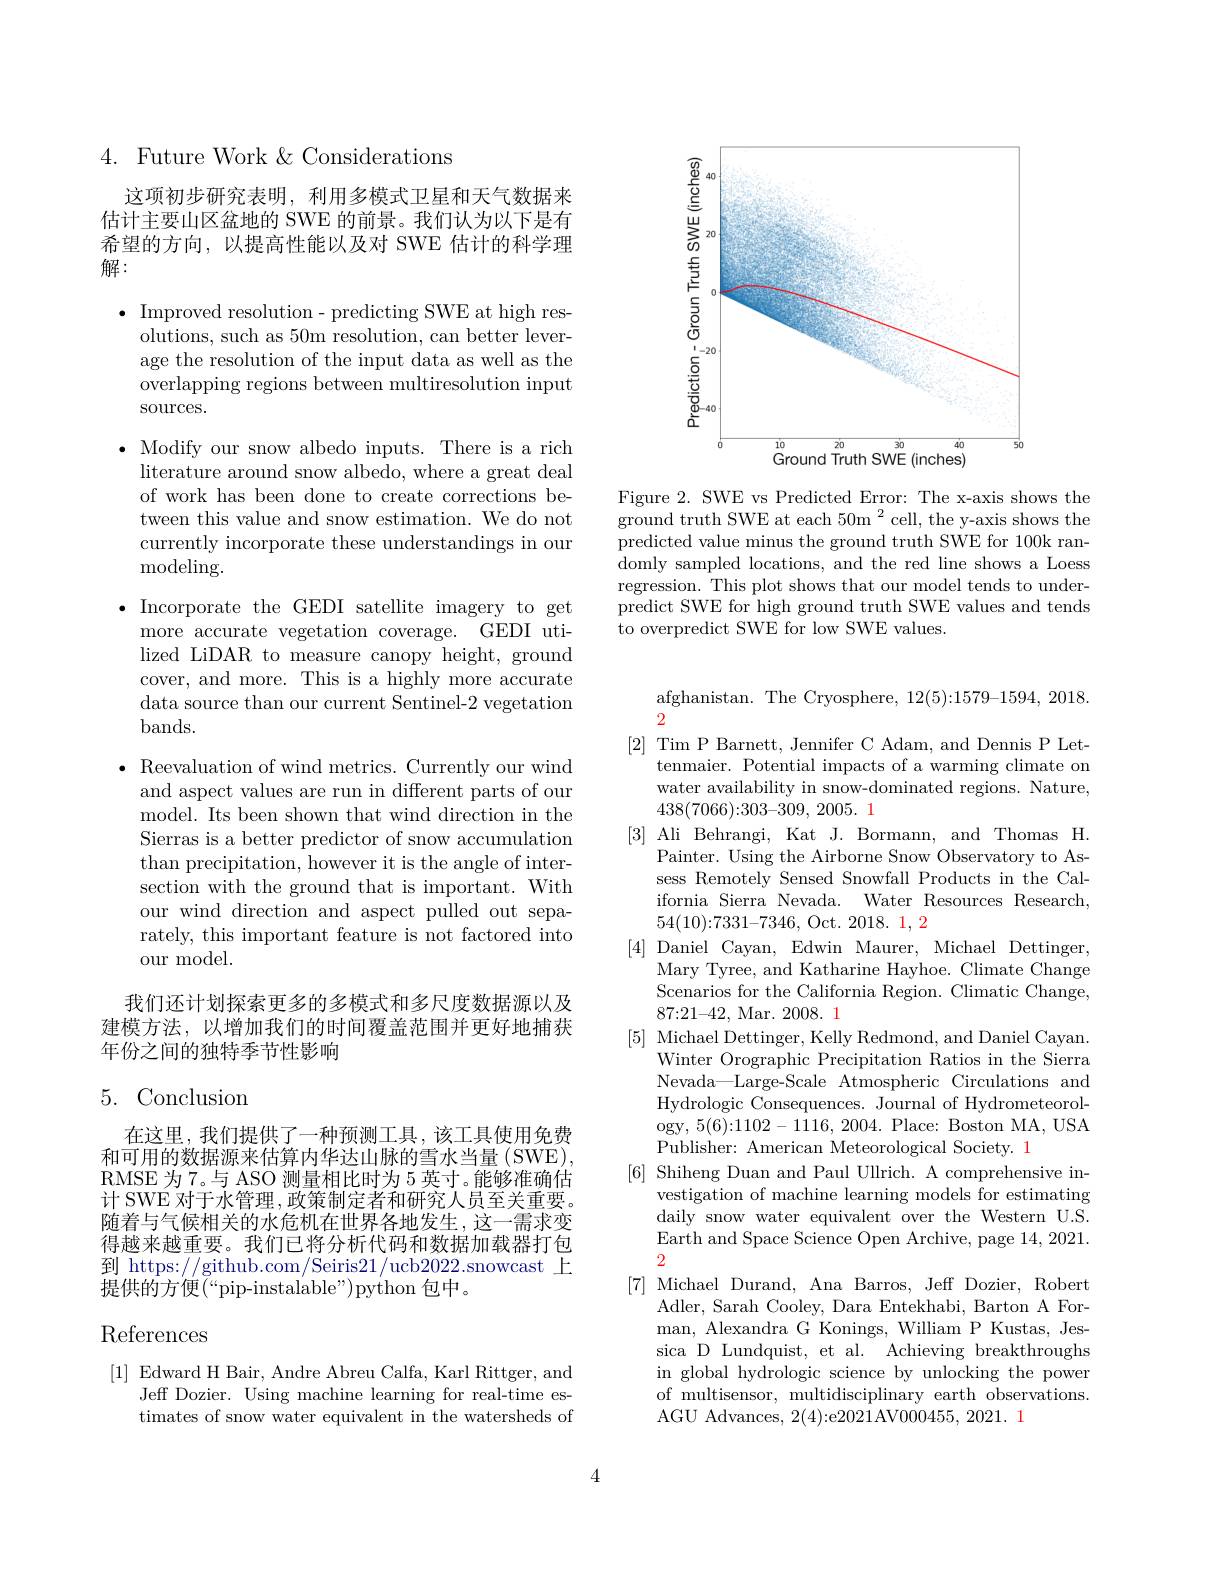
<FigureHere>

Figure 2. SWE vs Predicted Error: The x-axis shows the ground truth SWE at each 50m $^{2}$cell, the y-axis shows the predicted value minus the ground truth SWE for 100k randomly sampled locations, and the red line shows a Loess regression. This plot shows that our model tends to underpredict SWE for high ground truth SWE values and tends to overpredict SWE for low SWE values.

## $4.{\mathrm{~Future~Work~\&~Considerations}}$

这项初步研究表明，利用多模式卫星和天气数据来估计主要山区盆地的 SWE 的前景。我们认为以下是有希望的方向，以提高性能以及对 SWE 估计的科学理解：

$\bullet$ Improved resolution- predicting SWE at high res-
olutions, such as 50m resolution, can better leverage the resolution of the input data as well as the overlapping regions between multiresolution input sources.

$\bullet$ Modify our snow albedo inputs. There is a rich literature around snow albedo, where a great deal of work has been done to create corrections between this value and snow estimation. We do not currently incorporate these understandings in our modeling.

$\bullet$ Incorporate the GEDI satellite imagery to get
more accurate vegetation coverage. GEDI utilized LiDAR to measure canopy height, ground cover, and more. This is a highly more accurate data source than our current Sentinel-2 vegetation bands.

$\cdot$ Reevaluation of wind metrics. Currently our wind and aspect values are run in different parts of our model. Its been shown that wind direction in the Sierras is a better predictor of snow accumulation than precipitation, however it is the angle of intersection with the ground that is important. With our wind direction and aspect pulled out separately, this important feature is not factored into our model.

我们还计划探索更多的多模式和多尺度数据源以及建模方法，以增加我们的时间覆盖范围并更好地捕获年份之间的独特季节性影响

# 5. Conclusion

在这里，我们提供了一种预测工具，该工具使用免费和可用的数据源来估算内华达山脉的雪水当量(SWE), RMSE 为 7。与 ASO 测量相比时为 5 英寸。能够准确估计 SWE 对于水管理 ,政策制定者和研究人员至关重要。随着与气候相关的水危机在世界各地发生，这一需求变得越来越重要。我们已将分析代码和数据加载器打包到 https://github.com/Seiris21/ucb2022.snowcast 上提供的方便(“pip-instalable”)python 包中。

# References

[1] Edward H Bair, Andre Abreu Calfa, Karl Rittger, and
Jeff Dozier. Using machine learning for real-time estimates of snow water equivalent in the watersheds of

afghanistan. The Cryosphere, 12(5):1579-1594, 2018.
2
[2] Tim P Barnett, Jennifer C Adam, and Dennis P Let-
tenmaier. Potential impacts of a warming climate on water availability in snow-dominated regions. Nature, $438(7066){:}303{-}309,2005.\color{#C00}{1}$
[3] Ali Behrangi, Kat J. Bormann, and Thomas H.
Painter. Using the Airborne Snow Observatory to Assess Remotely Sensed Snowfall Products in the California Sierra Nevada. Water Resources Research, 54(10){:}7331{-}7346, Oct. $2018.\begin{array}{c}1,&2\\\end{array}$
[4] Daniel Cayan, Edwin Maurer, Michael Dettinger,
Mary Tyree, and Katharine Hayhoe. Climate Change Scenarios for the California Region. Climatic Change, 87{:}21{-}42, Mar. 2008. 1
[5] Michael Dettinger, Kelly Redmond, and Daniel Cayan.
Winter Orographic Precipitation Ratios in the Sierra Nevada—Large-Scale Atmospheric Circulations and $\bar{\text{Hydrologic Consequences. Journal of Hydrometeorol-}}$ ogy, 5(6){:}1102-1116, 2004. Place: Boston MA, USA Publisher: American Meteorological Society. 1
[6] Shiheng Duan and Paul Ullrich. A comprehensive in-
vestigation of machine learning models for estimating daily snow water equivalent over the Western U.S Earth and Space Science Open Archive, page 14, 2021. 2
[7] Michael Durand, Ana Barros, Jeff Dozier, Robert
Adler, Sarah Cooley, Dara Entekhabi, Barton A Forman, Alexandra G Konings, William P Kustas, Jessica D Lundquist, et al. Achieving breakthroughs in global hydrologic science by unlocking the power of multisensor, multidisciplinary earth observations. AGU Advances, 2(4){:}e2021AV000455,2021. 1

4